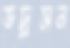
ভদ্রসন